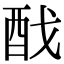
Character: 䣬